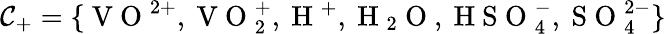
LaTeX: \mathcal{C}_{+}=\{ \mathrm{~V~O~}^{2+},\mathrm{~V~O~}_{2}^{+},\mathrm{~H~}^{+},\mathrm{~H~}_{2}\mathrm{~O~},\mathrm{~H~S~O~}_{4}^{-},\mathrm{~S~O~}_{4}^{2-}\}